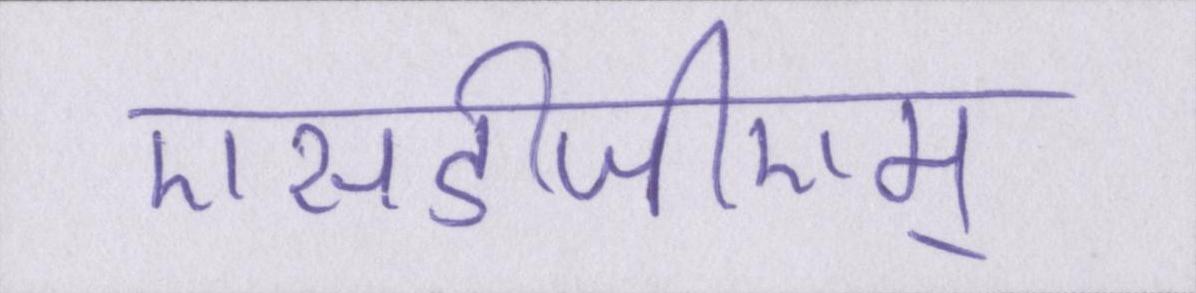
एसडीजीएम्